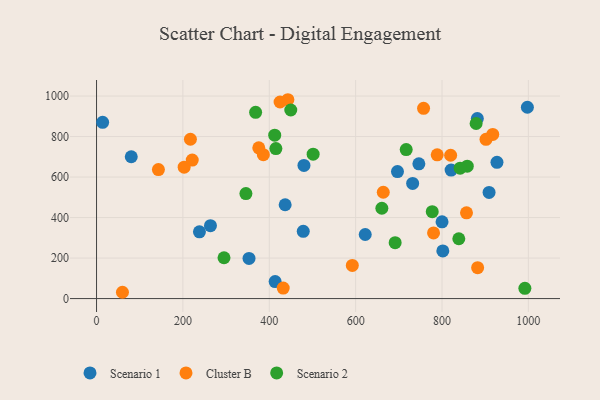
{"axis": {"x": "Ad Spend", "y": "Salary"}, "legend": ["Cluster B", "Scenario 1", "Scenario 2"], "data": [{"x": "927.3", "y": 672.8, "type": "Scenario 1"}, {"x": "696.9", "y": 627.1, "type": "Scenario 1"}, {"x": "622.2", "y": 316.4, "type": "Scenario 1"}, {"x": "821.1", "y": 634.7, "type": "Scenario 1"}, {"x": "478.7", "y": 332.1, "type": "Scenario 1"}, {"x": "746.4", "y": 665.2, "type": "Scenario 1"}, {"x": "80.4", "y": 700.4, "type": "Scenario 1"}, {"x": "413.6", "y": 83.8, "type": "Scenario 1"}, {"x": "436.8", "y": 463.2, "type": "Scenario 1"}, {"x": "909.0", "y": 524.2, "type": "Scenario 1"}, {"x": "800.1", "y": 379.1, "type": "Scenario 1"}, {"x": "732.0", "y": 568.7, "type": "Scenario 1"}, {"x": "263.8", "y": 360.0, "type": "Scenario 1"}, {"x": "881.8", "y": 888.8, "type": "Scenario 1"}, {"x": "801.9", "y": 235.1, "type": "Scenario 1"}, {"x": "353.1", "y": 198.4, "type": "Scenario 1"}, {"x": "480.3", "y": 657.5, "type": "Scenario 1"}, {"x": "997.7", "y": 944.7, "type": "Scenario 1"}, {"x": "14.1", "y": 870.4, "type": "Scenario 1"}, {"x": "238.3", "y": 329.5, "type": "Scenario 1"}, {"x": "443.1", "y": 981.9, "type": "Cluster B"}, {"x": "788.9", "y": 710.0, "type": "Cluster B"}, {"x": "820.0", "y": 707.7, "type": "Cluster B"}, {"x": "780.4", "y": 324.2, "type": "Cluster B"}, {"x": "386.3", "y": 710.8, "type": "Cluster B"}, {"x": "757.3", "y": 939.3, "type": "Cluster B"}, {"x": "425.0", "y": 970.7, "type": "Cluster B"}, {"x": "375.7", "y": 744.6, "type": "Cluster B"}, {"x": "60.0", "y": 31.1, "type": "Cluster B"}, {"x": "664.0", "y": 525.1, "type": "Cluster B"}, {"x": "143.3", "y": 637.0, "type": "Cluster B"}, {"x": "882.5", "y": 152.4, "type": "Cluster B"}, {"x": "592.3", "y": 163.8, "type": "Cluster B"}, {"x": "917.5", "y": 810.8, "type": "Cluster B"}, {"x": "217.4", "y": 786.7, "type": "Cluster B"}, {"x": "202.9", "y": 648.9, "type": "Cluster B"}, {"x": "221.6", "y": 683.8, "type": "Cluster B"}, {"x": "432.3", "y": 51.6, "type": "Cluster B"}, {"x": "901.9", "y": 786.5, "type": "Cluster B"}, {"x": "856.7", "y": 423.3, "type": "Cluster B"}, {"x": "412.6", "y": 806.9, "type": "Scenario 2"}, {"x": "879.0", "y": 864.6, "type": "Scenario 2"}, {"x": "991.9", "y": 50.6, "type": "Scenario 2"}, {"x": "717.1", "y": 735.8, "type": "Scenario 2"}, {"x": "449.8", "y": 931.2, "type": "Scenario 2"}, {"x": "858.5", "y": 653.7, "type": "Scenario 2"}, {"x": "838.9", "y": 295.5, "type": "Scenario 2"}, {"x": "295.2", "y": 201.6, "type": "Scenario 2"}, {"x": "691.5", "y": 275.8, "type": "Scenario 2"}, {"x": "415.3", "y": 740.8, "type": "Scenario 2"}, {"x": "345.9", "y": 518.5, "type": "Scenario 2"}, {"x": "501.6", "y": 712.9, "type": "Scenario 2"}, {"x": "660.7", "y": 446.1, "type": "Scenario 2"}, {"x": "842.0", "y": 644.1, "type": "Scenario 2"}, {"x": "368.4", "y": 919.7, "type": "Scenario 2"}, {"x": "777.4", "y": 429.2, "type": "Scenario 2"}]}